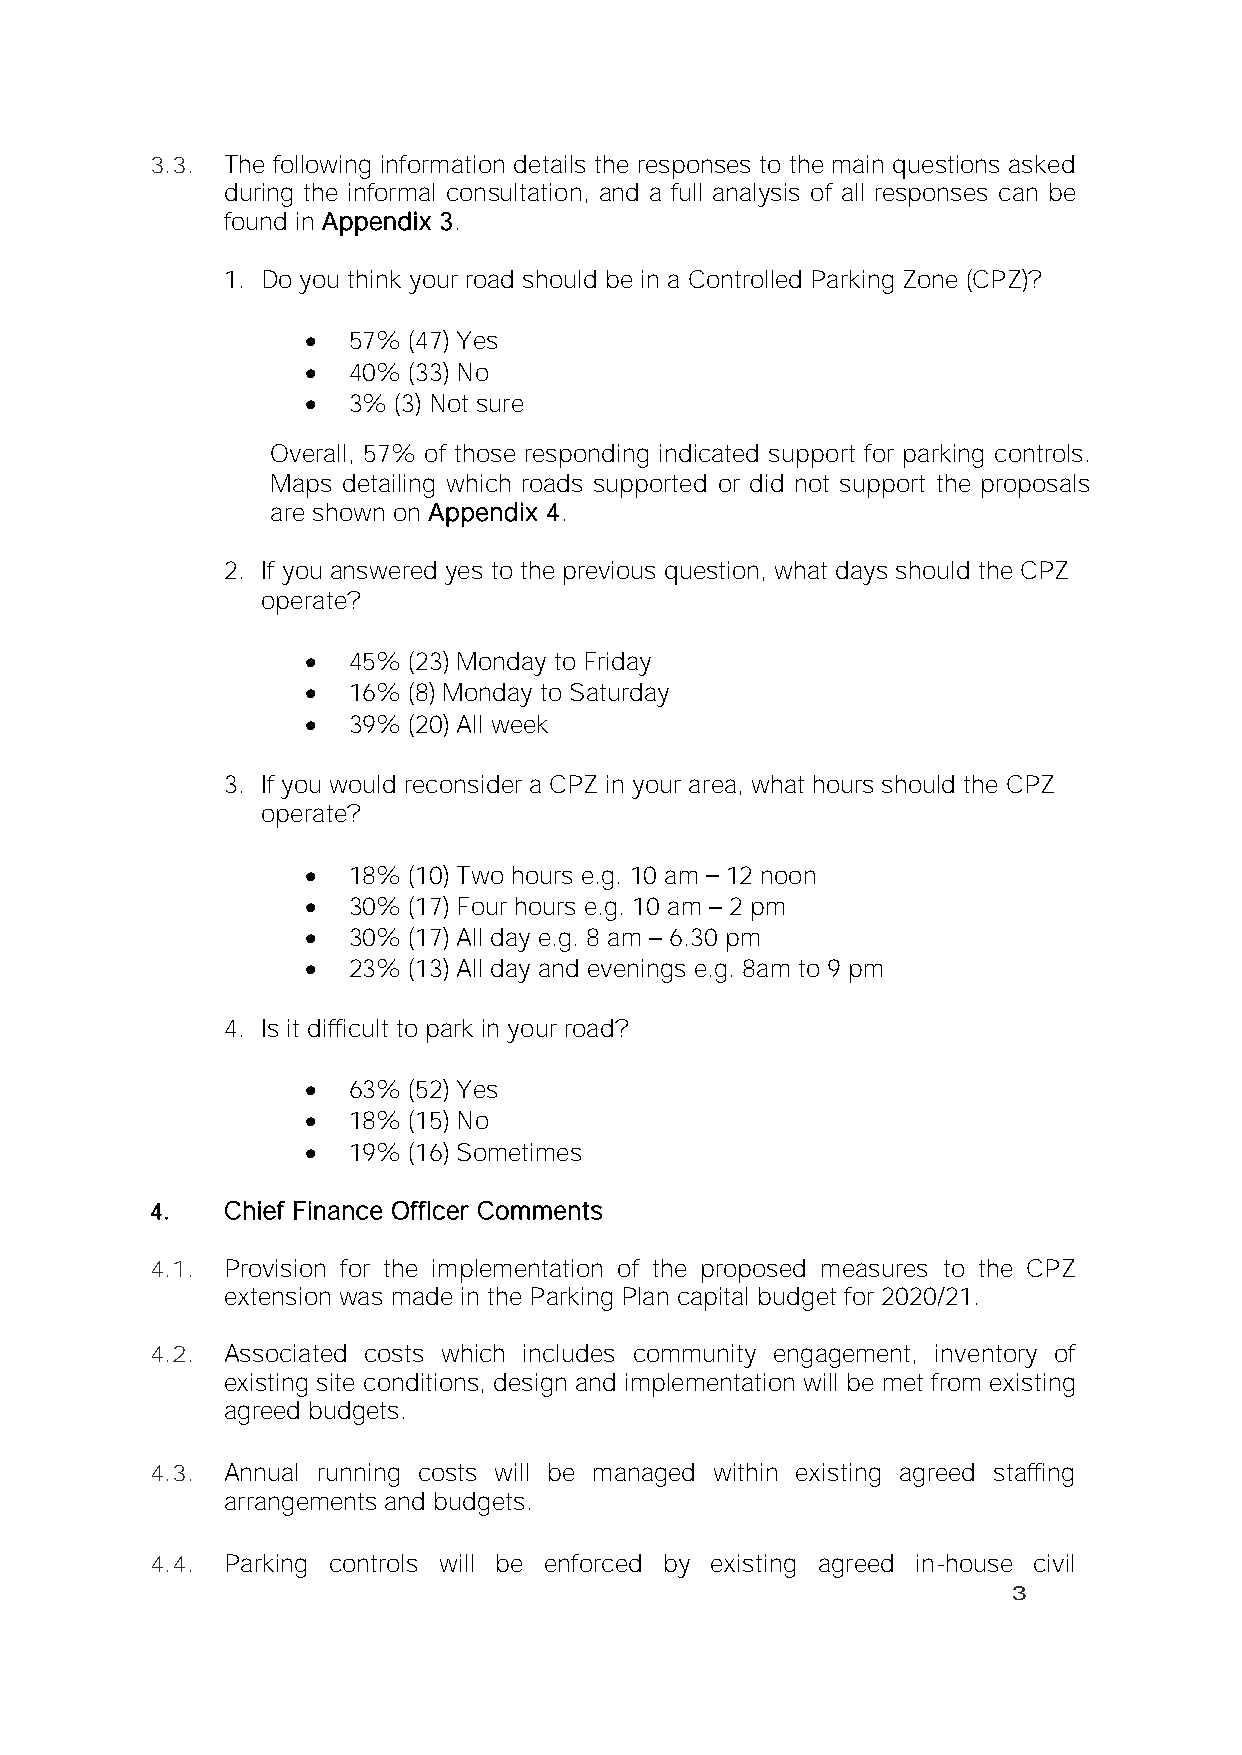
3.3. The following information details the responses to the main questions asked
 during the informal consultation, and a full analysis of all responses can be
 found in Appendix 3.
 1. Do you think your road should be in a Controlled Parking Zone (CPZ)?
 •  57% (47) Yes
 •  40% (33) No
 •  3% (3) Not sure
 Overall, 57% of those responding indicated support for parking controls.
 Maps detailing which roads supported or did not support the proposals
 are shown on Appendix 4.
 2. If you answered yes to the previous question, what days should the CPZ
 operate?
 •  45% (23) Monday to Friday
 •  16% (8) Monday to Saturday
 •  39% (20) All week
 3. If you would reconsider a CPZ in your area, what hours should the CPZ
 operate?
 •  18% (10) Two hours e.g. 10 am 12 noon
 •  30% (17) Four hours e.g. 10 am 2 pm
 •  30% (17) All day e.g. 8 am 6.30 pm
 •  23% (13) All day and evenings e.g. 8am to 9 pm
 4. Is it difficult to park in your road?
 •  63% (52) Yes
 •  18% (15) No
 •  19% (16) Sometimes
 4.   Chief Finance Officer Comments
 4.1. Provision for the implementation of the proposed measures to the CPZ
 extension was made in the Parking Plan capital budget for 2020/21.
 4.2. Associated costs which includes community engagement, inventory of
 existing site conditions, design and implementation will be met from existing
 agreed budgets.
 4.3. Annual running costs will be managed within existing agreed staffing
 arrangements and budgets.
 4.4. Parking controls will be enforced by existing agreed in-house civil
 3